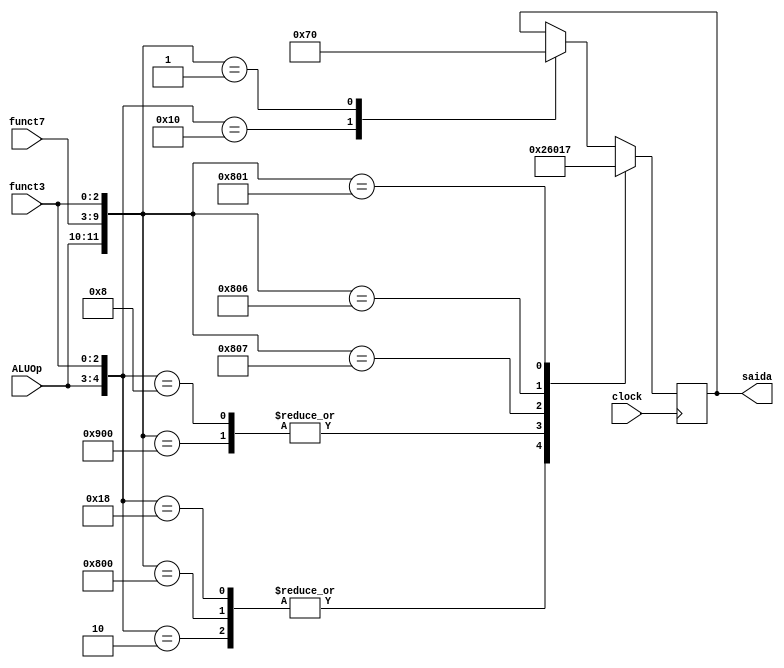
module aluControl(
    input wire clock,
    input wire [1:0] ALUOp,
    input wire [6:0] funct7,
    input wire [2:0] funct3,
    output reg [3:0] saida);

    always @(posedge clock)begin
        casex ({ALUOp, funct7, funct3})
            12'b00XXXXXXX010: saida <= 4'b0010; //add - load and Store - ld, lw, sd, sw
            12'b100000000000: saida <= 4'b0010; //add
            12'b11XXXXXXX000: saida <= 4'b0010; //add
            12'b100100000000: saida <= 4'b0110; //sub
            12'b01XXXXXXX000: saida <= 4'b0110; //beq
            12'b100000000111: saida <= 4'b0000; //and
            12'b100000000110: saida <= 4'b0001; //or
            12'b100000000001: saida <= 4'b0111; //bne
            12'b10XXXXXXX000: saida <= 4'b0111; //addi
            12'b100000000000: saida <= 4'b0111; //addi
            12'b000000000001: saida <= 4'b0000; //sll
        endcase
    end

endmodule